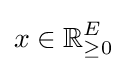
x\in \mathbb {R} _{\geq 0}^{E}